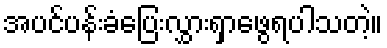
အပင်ပန်းခံပြေးလွှားရှာဖွေရပါသတဲ့။